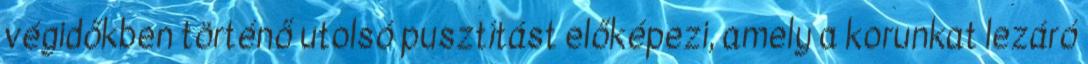
végidőkben történő utolsó pusztítást előképezi, amely a korunkat lezáró